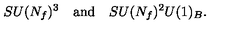
S U ( N _ { f } ) ^ { 3 } \quad \mathrm { a n d } \quad S U ( N _ { f } ) ^ { 2 } U ( 1 ) _ { B } .